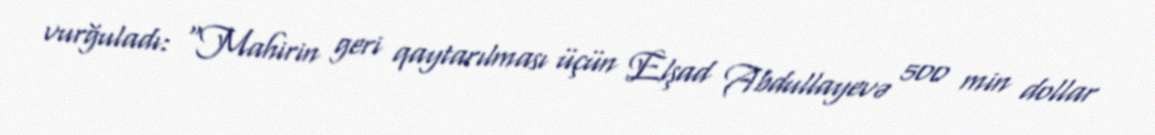
vurğuladı: “Mahirin geri qaytarılması üçün Elşad Abdullayevə 500 min dollar